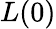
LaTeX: L(0)